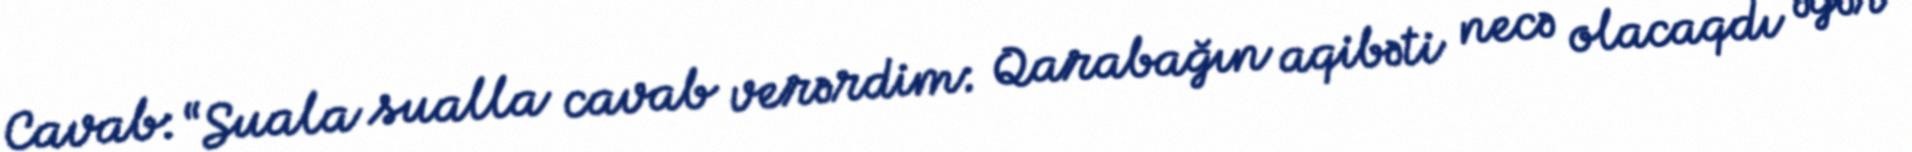
Cavab: “Suala sualla cavab verərdim: Qarabağın aqibəti necə olacaqdı əgər